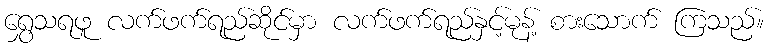
ရွှေသရဖူ လက်ဖက်ရည်ဆိုင်မှာ လက်ဖက်ရည်နှင့်မုန့် စားသောက် ကြသည်။